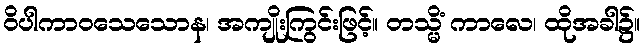
ဝိပါကာဝသေသောန၊ အကျိုးကြွင်းဖြင့်။ တသ္မိံ ကာလေ၊ ထိုအခါ၌။